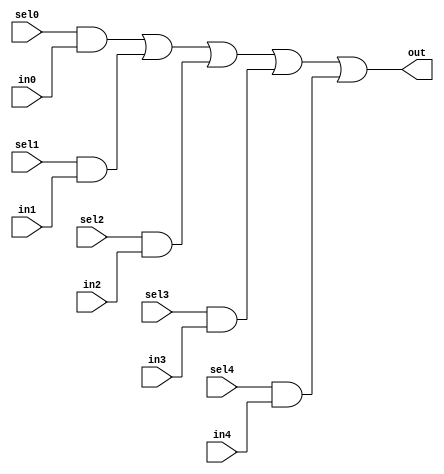
//#############################################################################
//# Function: 5-Input one-hot mux                                             #
//# Copyright: Lambda Project Authors. All rights Reserved.                   #
//# License:  MIT (see LICENSE file in Lambda repository)                     #
//#############################################################################

module la_dmux5 #(
    parameter PROP = "DEFAULT"  // cell property
) (
    input  sel4,
    input  sel3,
    input  sel2,
    input  sel1,
    input  sel0,
    input  in4,
    input  in3,
    input  in2,
    input  in1,
    input  in0,
    output out
);

    assign out = (sel0 & in0) | (sel1 & in1) | (sel2 & in2) | (sel3 & in3) | (sel4 & in4);

endmodule